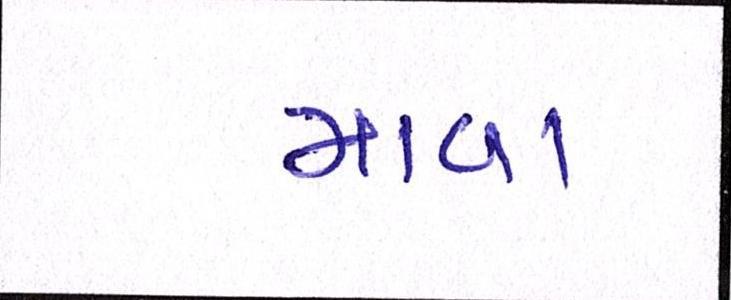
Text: માવા